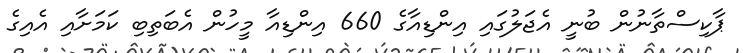
ޕާކިސްތާނުން ބުނީ އެޖަލުގައި އިންޑިއާގެ 660 އިންޑިއާ މީހުން އެބަތިބި ކަމަށާއި އެއިގެ